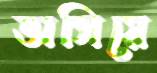
ভাসিয়ে